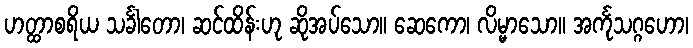
ဟတ္ထာစရိယ သင်္ခါတော၊ ဆင်ထိန်းဟု ဆိုအပ်သော။ ဆေကော၊ လိမ္မာသော။ အင်္ကုသဂ္ဂဟော၊